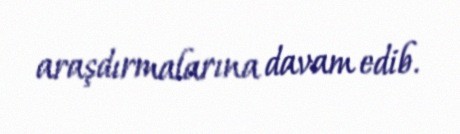
araşdırmalarına davam edib.